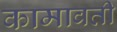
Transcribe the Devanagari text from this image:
कामावती